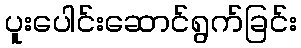
ပူးပေါင်းဆောင်ရွက်ခြင်း